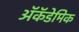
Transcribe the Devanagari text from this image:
ॲकॅडेमिक